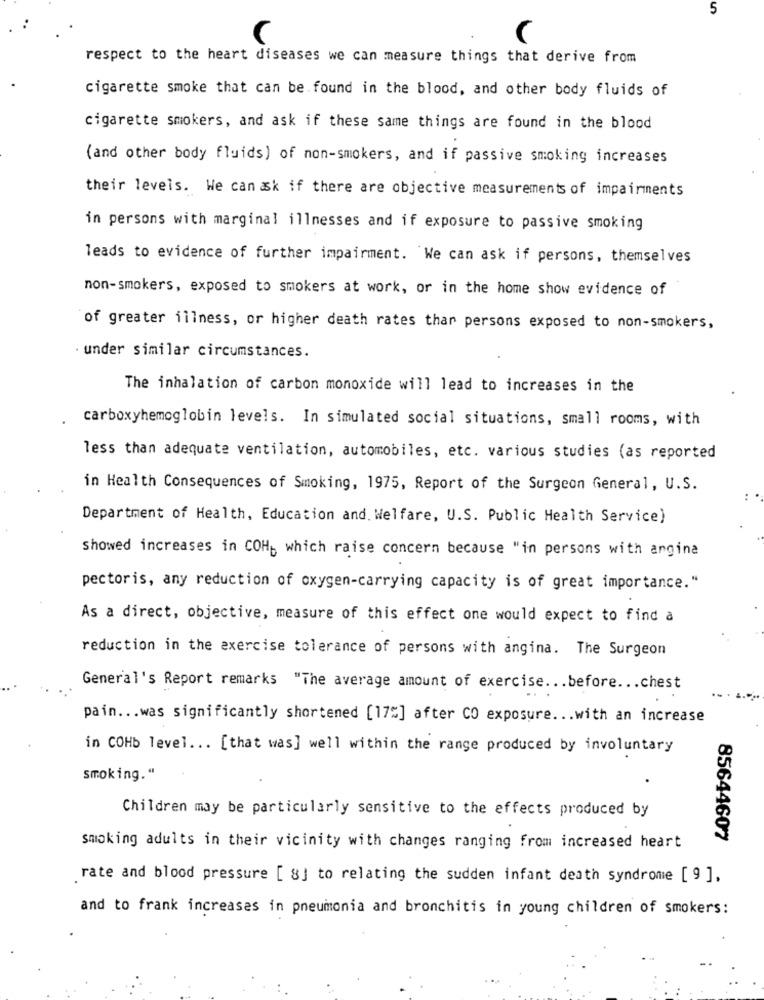
5
respect to the heart diseases we can measure things that derive from
cigarette smoke that can be found in the blood, and other body fluids of
cigarette smokers, and ask if these same things are found in the blood
(and other body fluids) of non-smokers, and if passive smoking increases
their levels. We can ask if there are objective measurements of impairments
in persons with marginal illnesses and if exposure to passive smoking
leads to evidence of further impairment. We can ask if persons, themselves
non-smokers, exposed to smokers at work, or in the home show evidence of
of greater illness, or higher death rates thar persons exposed to non-smokers,
· under similar circumstances.
The inhalation of carbon monoxide will lead to increases in the
carboxyhemoglobin levels. In simulated social situations, small rooms, with
less than adequate ventilation, automobiles, etc. various studies (as reported
in Health Consequences of Smoking, 1975, Report of the Surgeon General, U.S.
Department of Health, Education and. Welfare, U.S. Public Health Service)
showed increases in COH- which raise concern because "in persons with angina
pectoris, any reduction of oxygen-carrying capacity is of great importance."
As a direct, objective, measure of this effect one would expect to find a
reduction in the exercise tolerance of persons with angina. The Surgeon
General's Report remarks "The average amount of exercise ... before ... chest
pain ... was significantly shortened [17%] after CO exposure ... with an increase
in COHb level ... [that was] well within the range produced by involuntary
smoking."
Children may be particularly sensitive to the effects produced by
85644607
smoking adults in their vicinity with changes ranging from increased heart
rate and blood pressure [ 8] to relating the sudden infant death syndrome [ 9 ],
and to frank increases in pneumonia and bronchitis in young children of smokers: